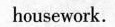
housework.